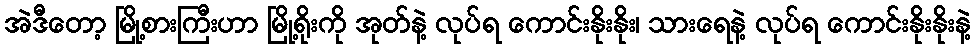
အဲဒီတော့ မြို့စားကြီးဟာ မြို့ရိုးကို အုတ်နဲ့ လုပ်ရ ကောင်းနိုးနိုး၊ သားရေနဲ့ လုပ်ရ ကောင်းနိုးနိုးနဲ့